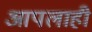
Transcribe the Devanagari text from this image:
आपलाही